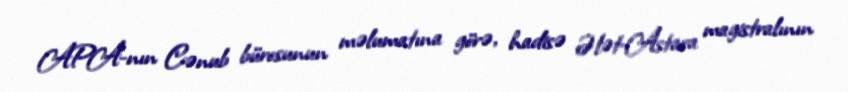
APA-nın Cənub bürosunun məlumatına görə, hadisə Ələt-Astara magistralının